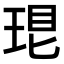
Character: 𤥛